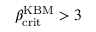
\beta _ { \mathrm { c r i t } } ^ { \mathrm { K B M } } > 3 \